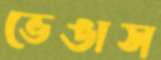
ভেঙাস